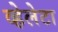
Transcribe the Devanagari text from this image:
व्हेलेटा